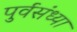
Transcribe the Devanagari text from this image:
पुर्वसंध्या